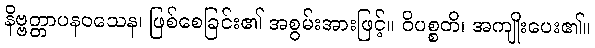
နိဗ္ဗတ္တာပနဝသေန၊ ဖြစ်စေခြင်း၏ အစွမ်းအားဖြင့်။ ဝိပစ္စတိ၊ အကျိုးပေး၏။